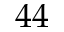
4 4